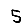
Digit: 5